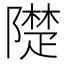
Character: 𨼪